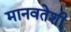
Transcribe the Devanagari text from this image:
मानवतेशी